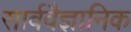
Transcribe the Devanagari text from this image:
सार्ववैज्ञानिक